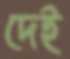
দেই